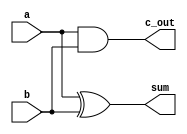
module half_adder(a, b, sum, c_out);
	input a, b;
	output sum, c_out;
	xor xor_gate(sum, a, b);
	and and_gate(c_out, a, b);
endmodule